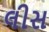
લીસ